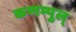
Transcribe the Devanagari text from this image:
कणम्पुल्